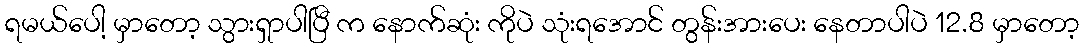
ရမယ်ပေါ့ မှာတော့ သွားရှာပါပြီ က နောက်ဆုံး ကိုပဲ သုံးရအောင် တွန်းအားပေး နေတာပါပဲ 12.8 မှာတော့